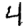
Digit: 4